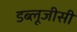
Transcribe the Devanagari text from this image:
डब्लूजीसी